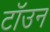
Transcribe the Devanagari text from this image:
टॉउन